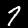
Label: 7